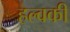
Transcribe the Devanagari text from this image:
हल्वकी